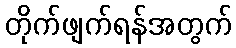
တိုက်ဖျက်ရန်အတွက်